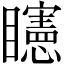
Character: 𥌷